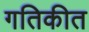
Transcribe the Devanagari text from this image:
गतिकीत